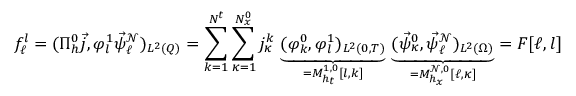
f _ { \ell } ^ { l } = ( \Pi _ { h } ^ { 0 } \vec { j } , \varphi _ { l } ^ { 1 } \vec { \psi } _ { \ell } ^ { \mathcal { N } } ) _ { L ^ { 2 } ( Q ) } = \sum _ { k = 1 } ^ { N ^ { t } } \sum _ { \kappa = 1 } ^ { N _ { x } ^ { 0 } } j _ { \kappa } ^ { k } \, \underbrace { ( \varphi _ { k } ^ { 0 } , \varphi _ { l } ^ { 1 } ) _ { L ^ { 2 } ( 0 , T ) } } _ { = M _ { h _ { t } } ^ { 1 , 0 } [ l , k ] } \, \underbrace { ( \vec { \psi } _ { \kappa } ^ { 0 } , \vec { \psi } _ { \ell } ^ { \mathcal { N } } ) _ { L ^ { 2 } ( \Omega ) } } _ { = M _ { h _ { x } } ^ { \mathcal { N } , 0 } [ \ell , \kappa ] } = F [ \ell , l ]